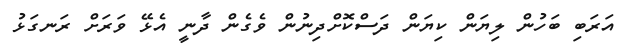
އަރަބި ބަހުން ލިޔަން ކިޔަން ދަސްކޮށްދިނުން ވެގެން ދާނީ އެޅޭ ވަރަށް ރަނގަޅު